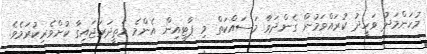
މުހަންމަދު ވަހީދު ކުރައްވަމުން ގެންދަވާ މަސައްކަތް މި ޕާޓީއިން އެންމެ މަތީދަރަޖައިގާ ކުށްވެރިކުރަމެވެ.